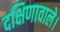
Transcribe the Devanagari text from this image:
दक्षिणावाले।